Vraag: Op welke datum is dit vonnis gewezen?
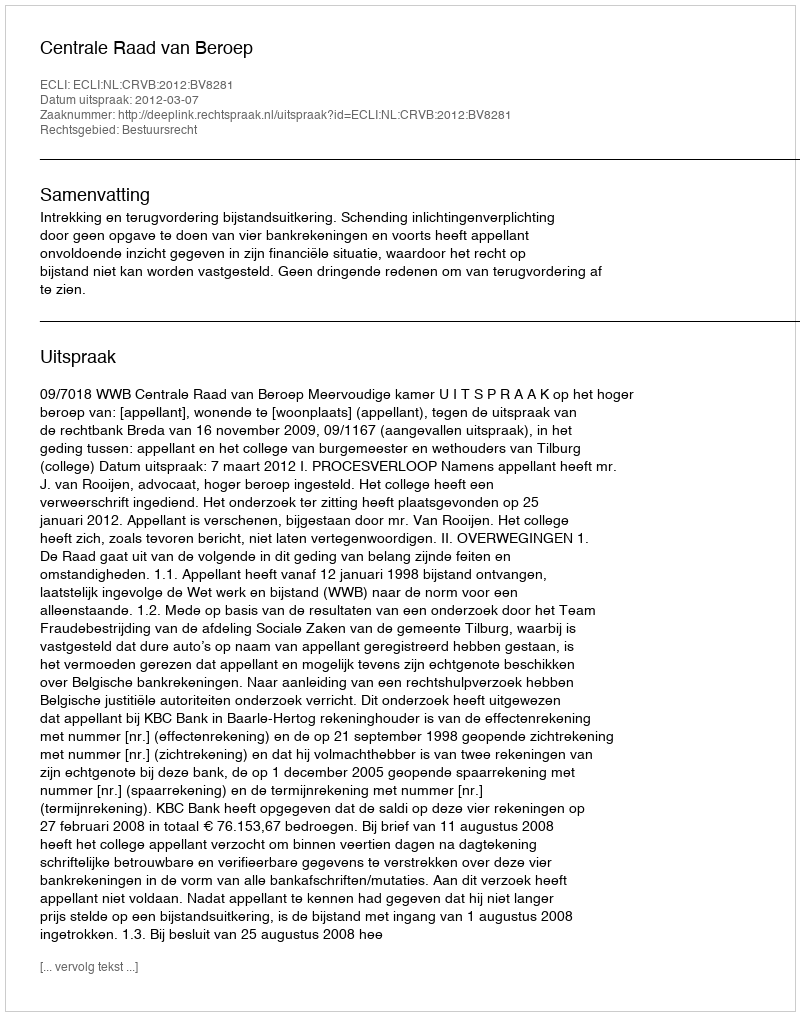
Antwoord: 2012-03-07